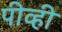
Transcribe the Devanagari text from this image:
पीव्ही